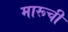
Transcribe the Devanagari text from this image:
मारूची